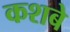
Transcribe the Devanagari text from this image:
कशबे